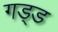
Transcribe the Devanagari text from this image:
गड्ड